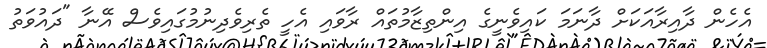
އެހެން ދާއިރާއަކަށް ދާނަމަ ކައިވެނީގެ އިންތިޒާމުތައް ރާވައި އެހީ ތެރިވެދިނުމުގައިވެސް އޭނާ "ދައުވަތު